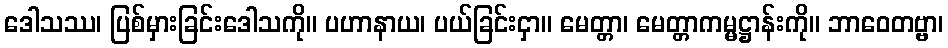
ဒေါသဿ၊ ပြစ်မှားခြင်းဒေါသကို။ ပဟာနာယ၊ ပယ်ခြင်းငှာ။ မေတ္တာ၊ မေတ္တာကမ္မဋ္ဌာန်းကို။ ဘာဝေတဗ္ဗာ၊